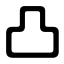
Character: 凸